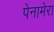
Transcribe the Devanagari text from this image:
पेनामेरा